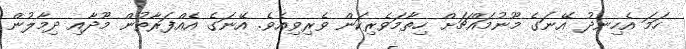
ހަމަ އެހިނދު އޭނަގެ މޫނުމައްޗަށް ހިތާމަވެރިކަން ވެރިވިއެވެ. އޭނަގެ އެއްފަރާތުން މޫދާއި ދިމާލުން